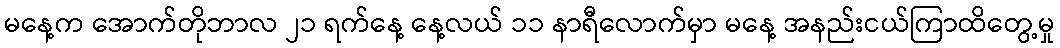
မနေ့က အောက်တိုဘာလ ၂၁ ရက်နေ့ နေ့လယ် ၁၁ နာရီလောက်မှာ မနေ့ အနည်းငယ်ကြာထိတွေ့မှု